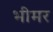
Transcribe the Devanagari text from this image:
भीमर